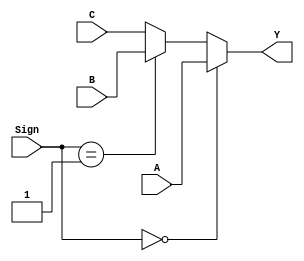
`timescale 1ns / 1ps

module Data_Selector3(
    input [4:0] A, B, C,
    input [1:0] Sign,
    output reg [4:0] Y
    );
    always@(A or B or C or Sign) begin
        if(Sign == 2'b00) Y = A;
        else if(Sign == 2'b01) Y = B;
        else Y = C;    
    end
endmodule